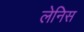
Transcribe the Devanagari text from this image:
लेनिस